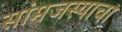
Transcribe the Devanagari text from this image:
सांमजस्याचा